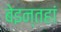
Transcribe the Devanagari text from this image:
बेइन्तहां